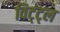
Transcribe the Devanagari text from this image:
विट्ट्ल